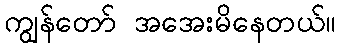
ကျွန်တော် အအေးမိနေတယ်။